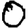
Digit: 0